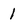
Character: 1